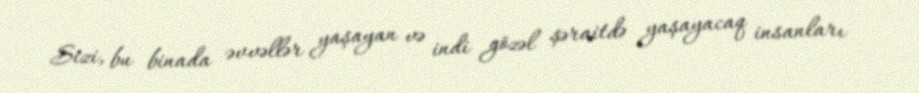
Sizi, bu binada əvvəllər yaşayan və indi gözəl şəraitdə yaşayacaq insanları